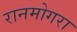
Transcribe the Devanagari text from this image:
रानमोगरा